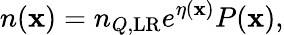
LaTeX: n(\mathbf{x})=n_{Q,\mathrm{LR}}e^{\eta(\mathbf{x})}P(\mathbf{x}),